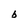
Character: b